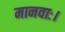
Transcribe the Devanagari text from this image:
मानवाः।